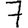
Digit: 7